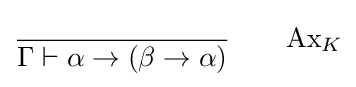
{\frac {}{\Gamma \vdash \alpha \rightarrow (\beta \rightarrow \alpha )}}\qquad {\text{Ax}}_{K}